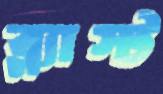
ব্ল্যাস্ট